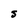
Character: S